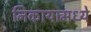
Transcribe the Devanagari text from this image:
निकायामध्ये